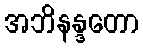
အဘိနန္ဒတော